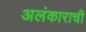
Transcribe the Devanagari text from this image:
अलंकाराची